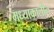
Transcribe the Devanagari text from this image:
मध्याकालीन